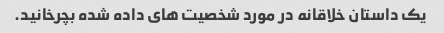
یک داستان خلاقانه در مورد شخصیت های داده شده بچرخانید.